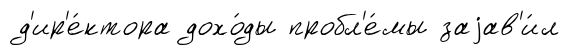
д'ир'е́ктора дохо́ды пробл'е́мы заjав'и́л